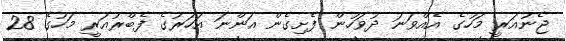
ޖެނުއަރީ މަހުގެ އެއްވަނަ ދުވަހުން ފެށިގެން އަންނަ އަހަރުގެ ފެބްރުއަރީ މަހުގެ 28